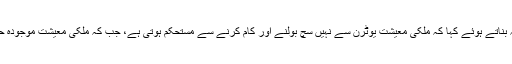
سابق وزیراعظم نے عمران خان کو تنقید کا نشانہ بناتے ہوئے کہا کہ ملکی معیشت یوٹرن سے نہیں سچ بولنے اور کام کرنے سے مستحکم ہوتی ہے، جب کہ ملکی معیشت موجودہ حکومت کے سوا ہر چیز کی متحمل ہو سکتی ہے۔